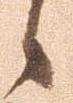
候